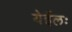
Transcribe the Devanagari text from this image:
येईलः